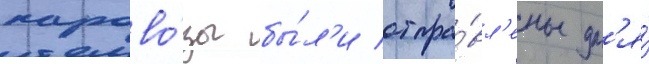
парово́зы бы́л'и отпра́вл'ены дл'я́